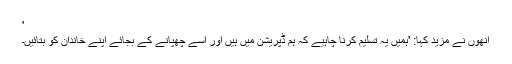
'
انھوں نے مزید کہا: 'ہمیں یہ تسلیم کرنا چاہیے کہ ہم ڈپریشن میں ہیں اور اسے چھپانے کے بجائے اپنے خاندان کو بتائیں۔